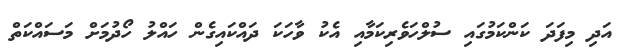
އަދި މިފަދަ ކަންކަމުގައި ސުލްހަވެރިކަމާއި އެކު ވާހަކަ ދައްކައިގެން ހައްލު ހޯދުމަށް މަސައްކަތް